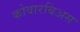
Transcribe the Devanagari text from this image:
कोवारबिअस